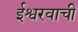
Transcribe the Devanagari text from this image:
ईश्वरवाची